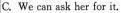
C. We can ask her for it.